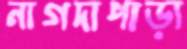
নাগদাপাড়া